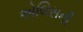
એલિસની